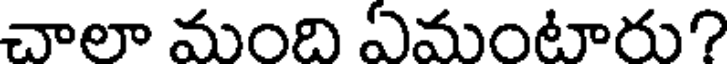
చాలా మంది ఏమంటారు?